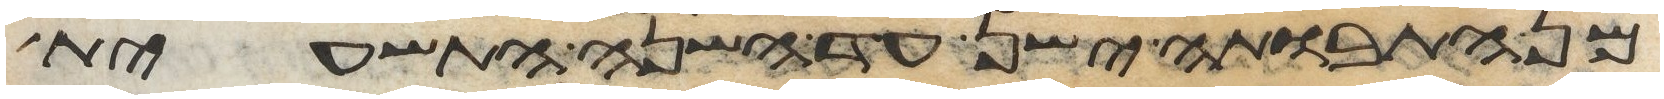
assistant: מן התבואתה ישן עד השנה התשעית